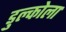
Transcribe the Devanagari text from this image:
डुल्कोला